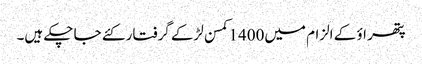
پتھر اؤ کے الزام میں1400کمسن لڑکے گرفتار کئے جا چکے ہیں۔